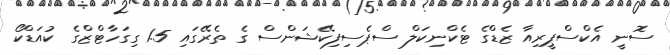
ސޮނީ އެކްސްޕީރިއާ ޒެޑްގެ ޓެކްނިކަލް ސްޕެސިފިކޭޝަންސް ގެ ތެރޭގައި 1.5 ގިގަހާޓްޒްގެ ކުއަޑްކޯ